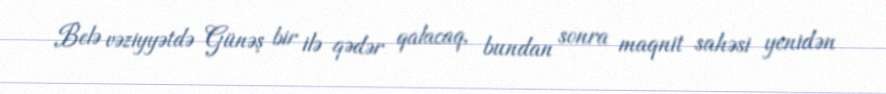
Belə vəziyyətdə Günəş bir ilə qədər qalacaq, bundan sonra maqnit sahəsi yenidən